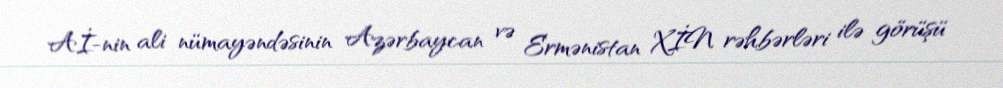
Aİ-nin ali nümayəndəsinin Azərbaycan və Ermənistan XİN rəhbərləri ilə görüşü